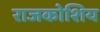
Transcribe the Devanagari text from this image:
राजकोशिय